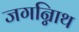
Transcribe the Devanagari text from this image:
जगन्नािथ